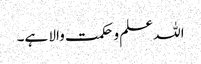
اللہ علم و حکمت والا ہے۔